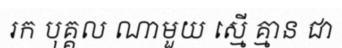
រក បុគ្គល ណាមួយ ស្មើ គ្មាន ជា